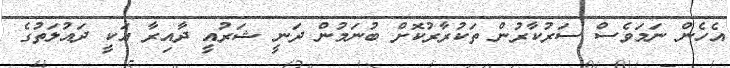
އެހެން ނަމަވެސް ސަރުކާރުން ތަކުރާރުކޮށް ބުނަމުން ދަނީ ޝަރުއީ ދާއިރާ އަކީ ދައުލަތުގެ